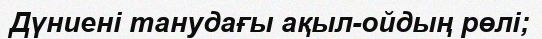
Дүниені танудағы ақыл-ойдың рөлі;